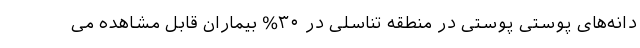
دانه‌های پوستی پوستی در منطقه تناسلی در ۳۰% بیماران قابل مشاهده می